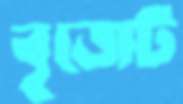
বৃজেট